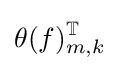
\theta (f)_{m,k}^{\mathbb {T} }